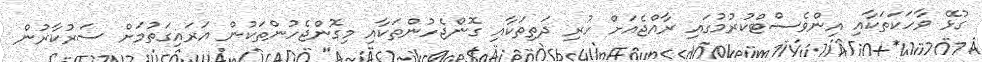
ގުޅޭ ވާހަކަތަކާއި އިންވެސްޓްކުރުމުގައި ރާއްޖެއަށް ހުރި ދަތިތަކާއި ގޮންޖެހުންތަކާއި މިގޮންޖެހުންތަކުން އަރައިގަތުމަށް ސަރުކާރުން